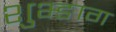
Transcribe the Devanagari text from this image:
शुभ्ङाग